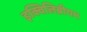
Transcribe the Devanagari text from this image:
इक्विलिब्रीयम